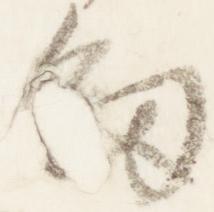
剣